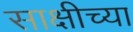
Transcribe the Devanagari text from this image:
साक्षीच्या